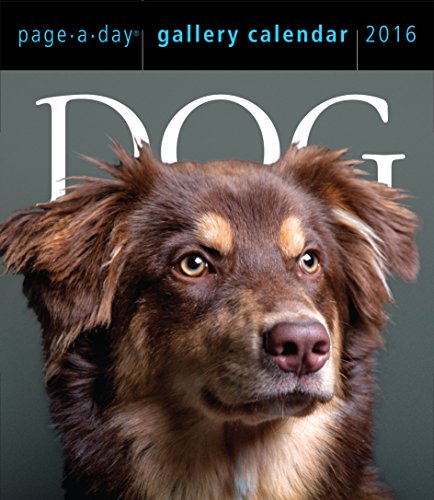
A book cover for Dog Page-A-Day Gallery Calendar 2016; Workman Publishing; Calendars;